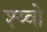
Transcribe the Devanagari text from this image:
श्य्वो